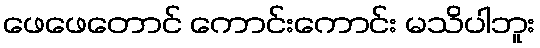
ဖေဖေတောင် ကောင်းကောင်း မသိပါဘူး